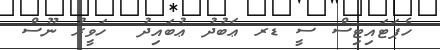
ހެޕަޓައިޓިސް ސީ ޑރ ޢަބުދު ޢުބައިދު  ހަވީރު ނޫސް